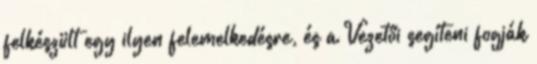
felkészült egy ilyen felemelkedésre, és a Vezetői segíteni fogják